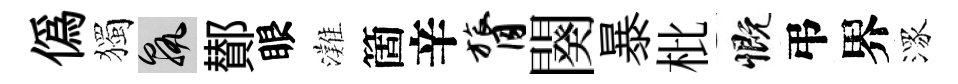
偽獨孰鄼眼灘箇辛膂闋暴枇慨弔界潈